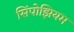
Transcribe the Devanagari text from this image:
सिंपोझियम